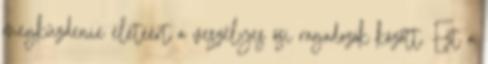
megküzdenie életéért a veszélyes ősi ragadozók között. Ezt a